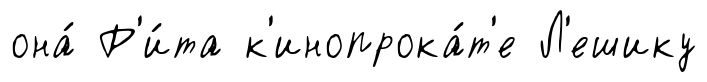
она́ Р'и́та к'инопрока́т'е Л'ешику